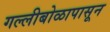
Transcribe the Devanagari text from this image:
गल्लीबोळापासून